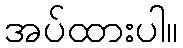
အပ်ထားပါ။